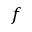
f